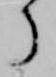
了